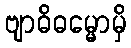
ဗျာဓိဓမ္မောမှိ